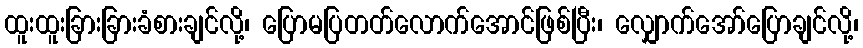
ထူးထူးခြားခြားခံစားချင်လို့၊ ပြောမပြတတ်လောက်အောင်ဖြစ်ပြီး၊ လျှောက်အော်ပြောချင်လို့၊